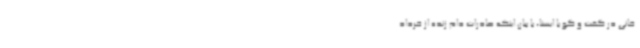
خانی در گفت و گو با ایسنا، با بیان اینکه صادرات دام زنده از خرداد